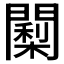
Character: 𮤠